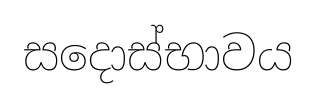
සදොස්භාවය